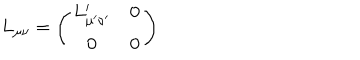
L _ { \mu \nu } = \left( \begin{array} { c c } { { L _ { \mu ^ { \prime } \nu ^ { \prime } } ^ { \prime } } } & { { \mathbf { 0 } } } \\ { { \mathbf { 0 } } } & { { \mathbf { 0 } } } \\ \end{array} \right)